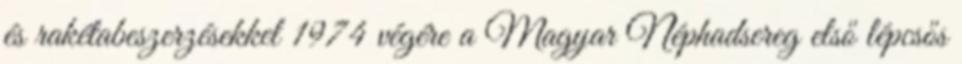
és rakétabeszerzésekkel 1974 végére a Magyar Néphadsereg első lépcsős